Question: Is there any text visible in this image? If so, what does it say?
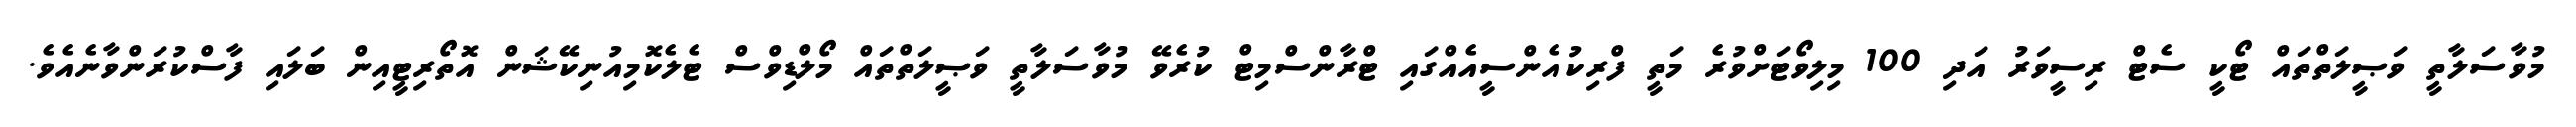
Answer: މުވާސަލާތީ ވަޞީލަތްތައް ޓޯކީ ސެޓް ރިސީވަރު އަދި 100 މިލިވޯޓަށްވުރެ މަތީ ފްރިކުއެންސީއެއްގައި ޓްރާންސްމިޓް ކުރެވޭ މުވާސަލާތީ ވަޞީލަތްތައް މޯލްޑިވްސް ޓެލެކޮމިއުނިކޭޝަން އޮތޯރިޓީއިން ބަލައި ފާސްކުރަންވާނެއެވެ.